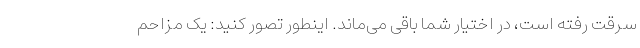
سرقت رفته است، در اختیار شما باقی می‌ماند. اینطور تصور کنید: یک مزاحم